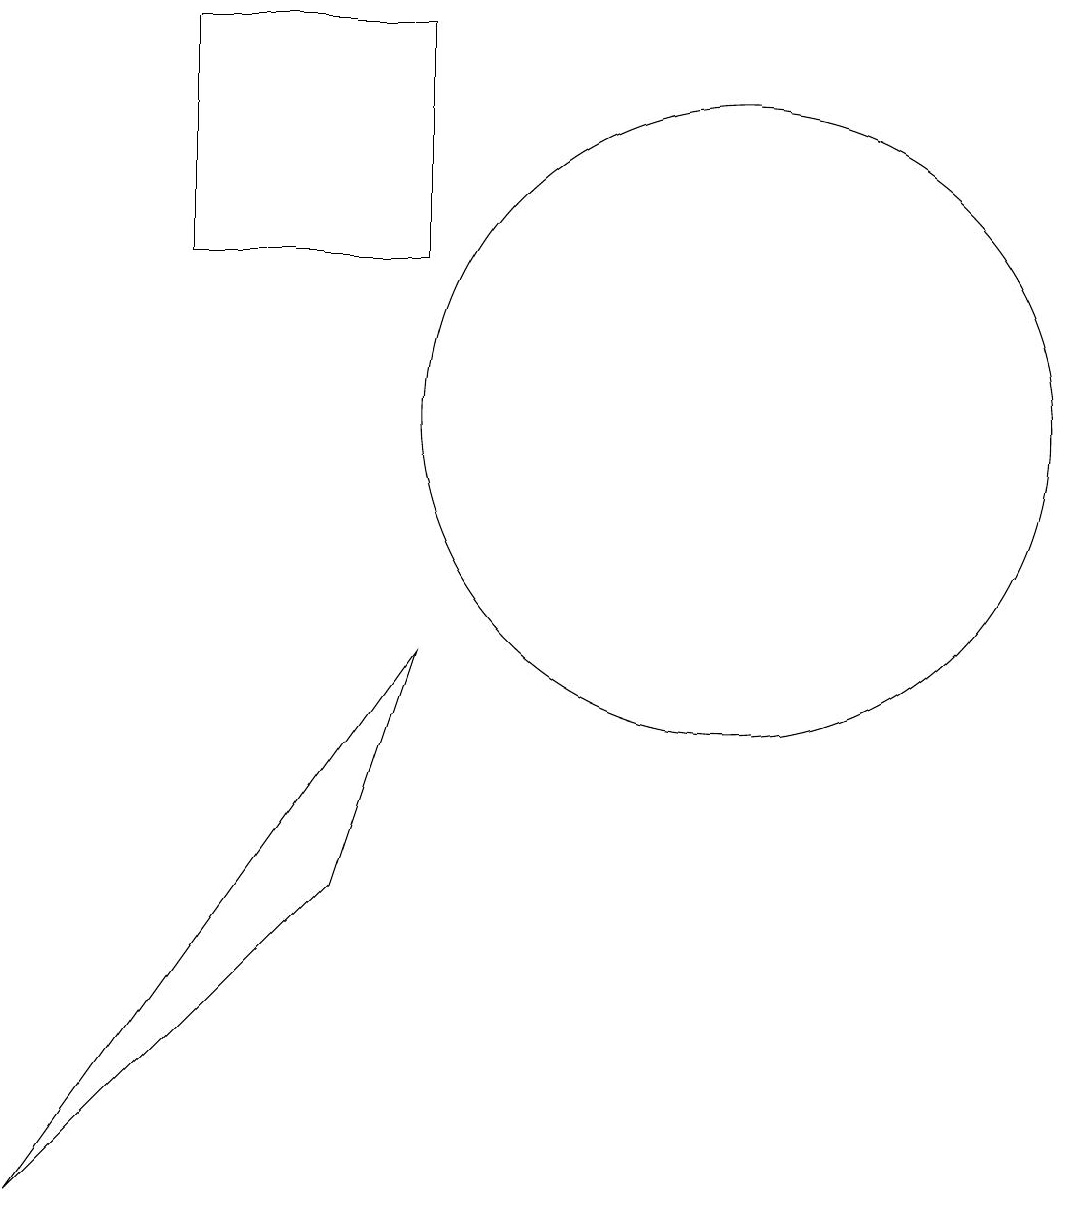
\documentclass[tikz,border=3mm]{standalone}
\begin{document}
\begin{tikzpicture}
\draw (3,14) rectangle (6,17);
\draw (10,12) circle (4);
\draw (6,9) -- (5,6) -- (1,2) -- cycle;
\draw (12,12) circle (0);
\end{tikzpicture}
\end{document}